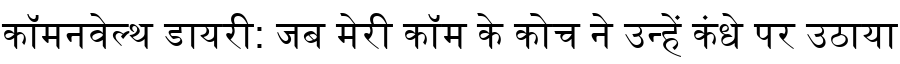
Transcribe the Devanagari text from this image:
कॉमनवेल्थ डायरी: जब मेरी कॉम के कोच ने उन्हें कंधे पर उठाया